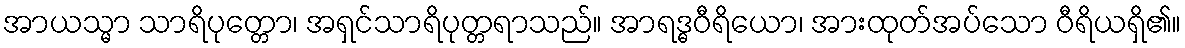
အာယသ္မာ သာရိပုတ္တော၊ အရှင်သာရိပုတ္တရာသည်။ အာရဒ္ဓဝီရိယော၊ အားထုတ်အပ်သော ဝီရိယရှိ၏။